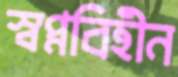
স্বপ্নবিহীন